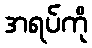
အရပ်ကို